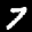
Label: 7